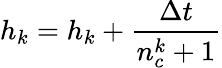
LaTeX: h_{k}=h_{k}+\frac{\Delta t}{n_{c}^{k}+1}